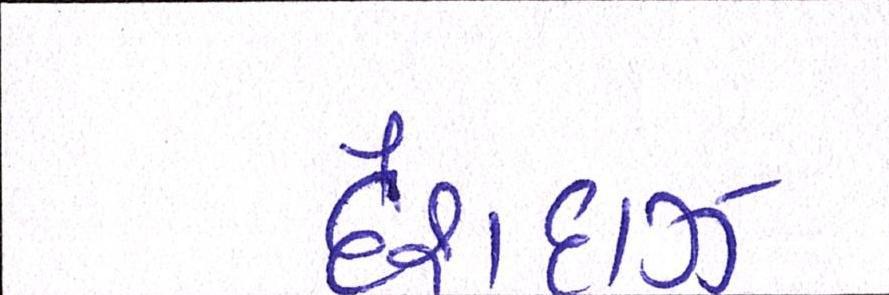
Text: દેશદાઝ